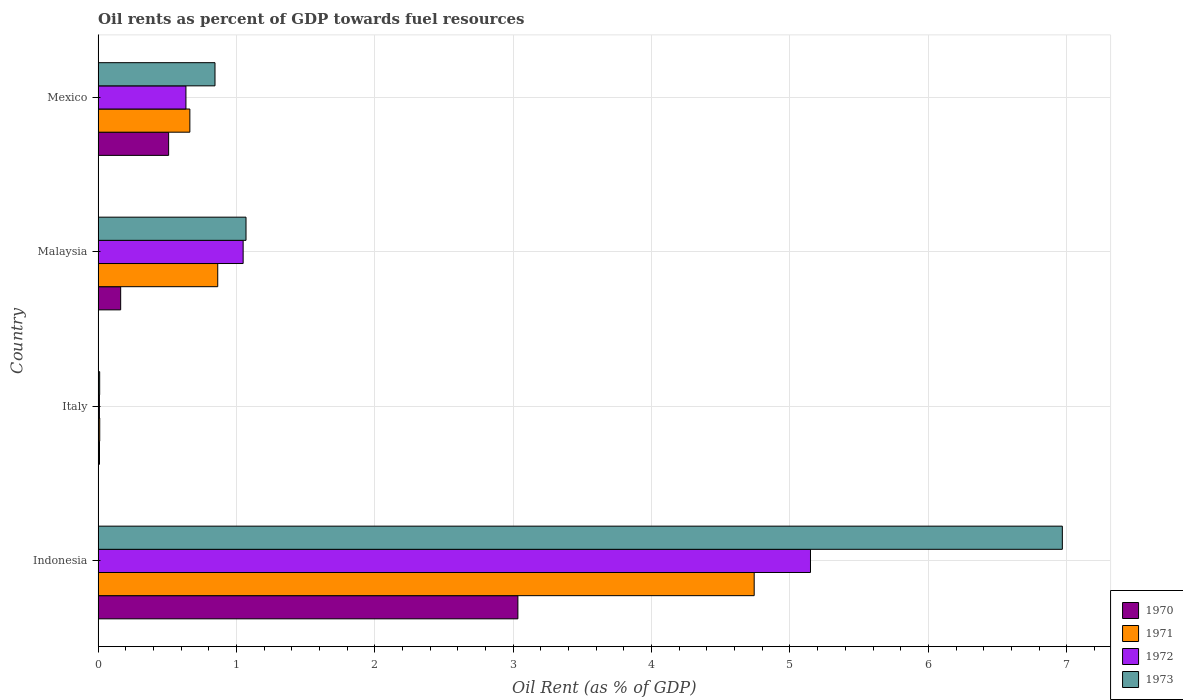
| Country | 1970 | 1971 | 1972 | 1973 |
 | --- | --- | --- | --- | --- |
 | Indonesia | 3.03 | 4.74 | 5.15 | 6.97 |
 | Italy | 0.00986 | 0.0117 | 0.0093 | 0.0112 |
 | Malaysia | 0.163 | 0.864 | 1.05 | 1.07 |
 | Mexico | 0.51 | 0.663 | 0.635 | 0.845 |